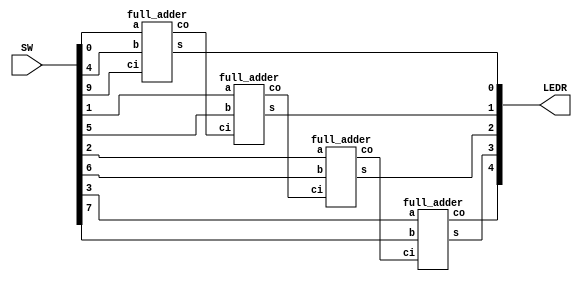
module ex3_3 (SW, LEDR);
    input [9:0] SW;
    output [4:0] LEDR;

    wire [3:0] a = SW[3:0], b = SW[7:4];
    wire cin = SW[9];
    wire [3:0] s;
    wire cout;

    wire c1, c2, c3;
    full_adder fa0(a[0], b[0], cin, s[0], c1);
    full_adder fa1(a[1], b[1], c1, s[1], c2);
    full_adder fa2(a[2], b[2], c2, s[2], c3);
    full_adder fa3(a[3], b[3], c3, s[3], cout);    

    assign LEDR[4:0] = {cout, s[3:0]}; 
endmodule

module full_adder(a, b, ci, s, co);
    input a, b, ci;
    output s, co;

    assign s = a ^ b ^ ci;
    assign co = a&b | b&ci | ci&a;    
endmodule